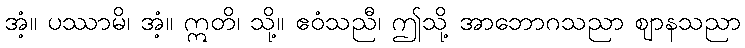
အံ့။ ပဿာမိ၊ အံ့။ ဣတိ၊ သို့။ ဧဝံသညီ၊ ဤသို့ အာဘောဂသညာ ဈာနသညာ